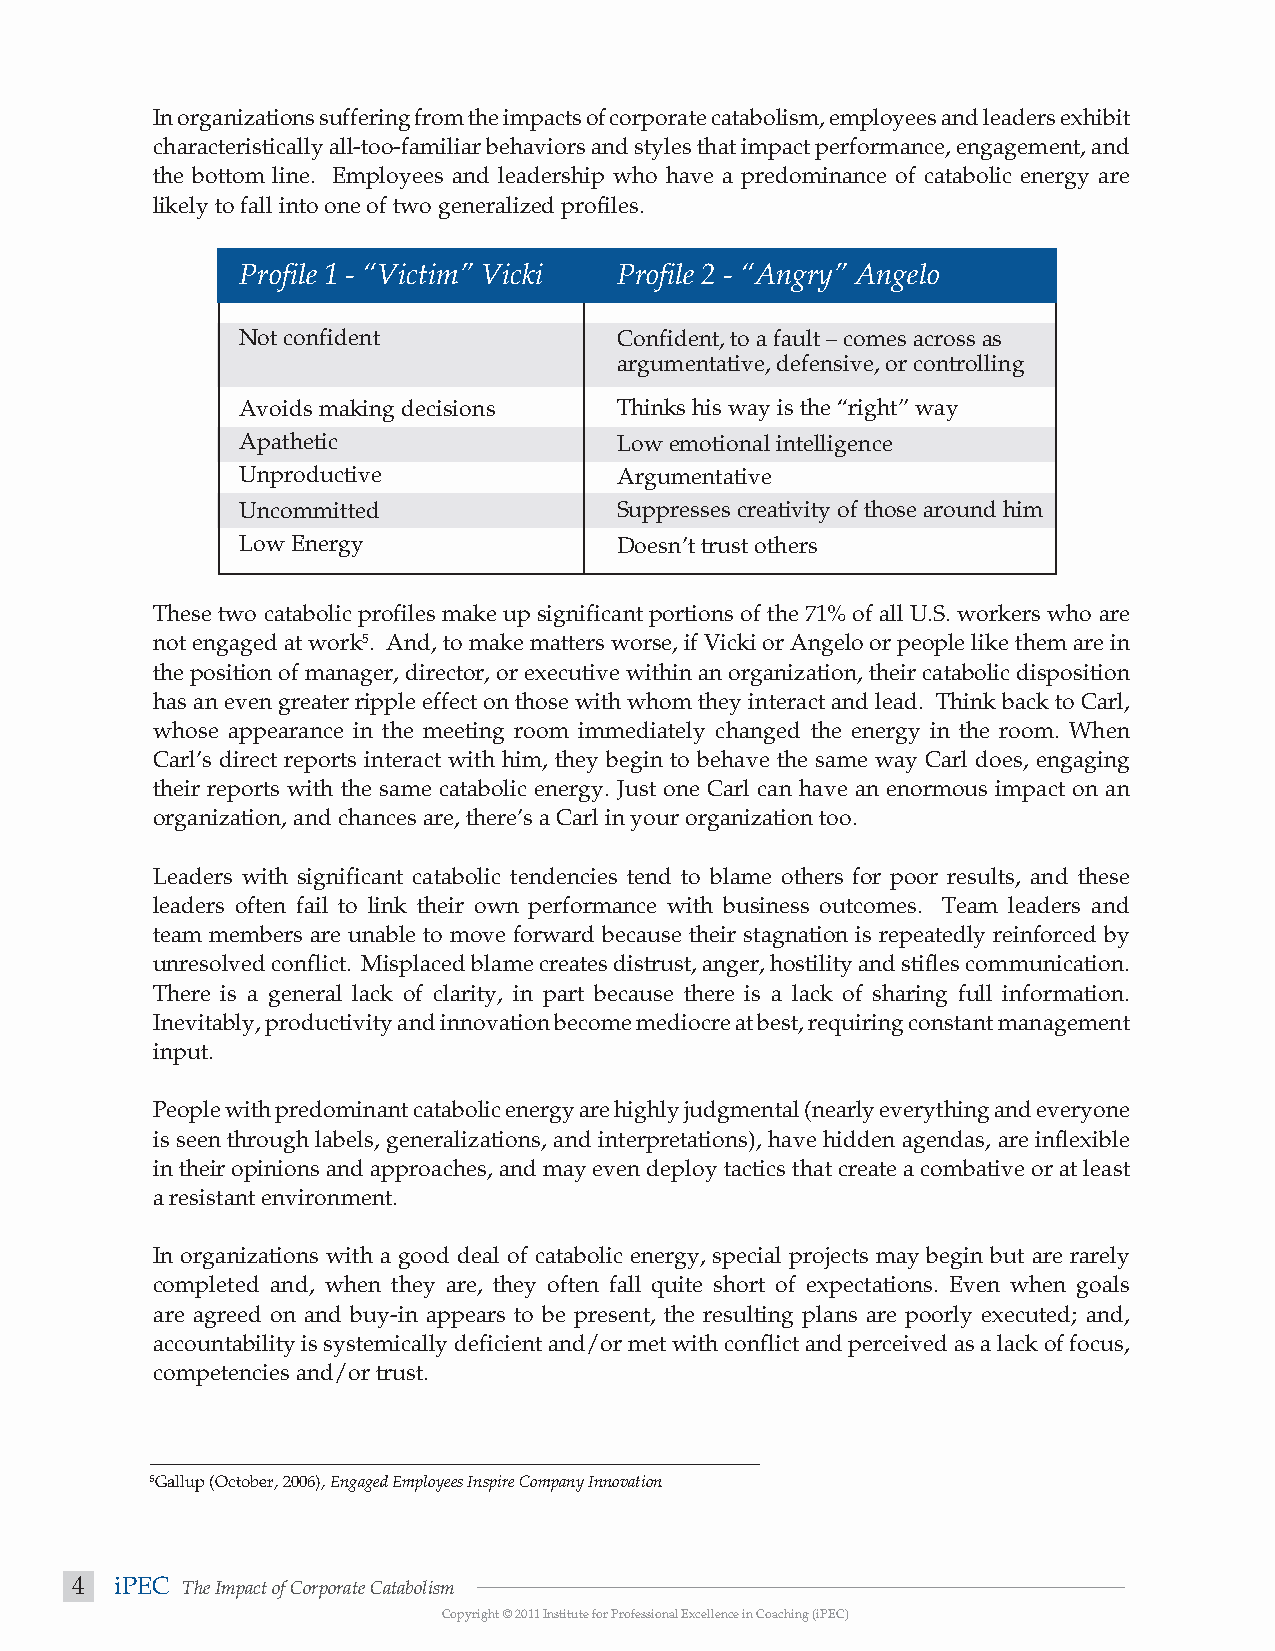
In organizations suffering from the impacts of corporate catabolism, employees and leaders exhibit
 characteristically all-too-familiar behaviors and styles that impact performance, engagement, and
 the bottom line. Employees and leadership who have a predominance of catabolic energy are
 likely to fall into one of two generalized profiles.
 Profile 1 - “Victim” Vicki Profile 2 - “Angry” Angelo
 Not confident            Confident, to a fault – comes across as
 argumentative, defensive, or controlling
 Avoids making decisions  Thinks his way is the “right” way
 Apathetic                Low emotional intelligence
 Unproductive             Argumentative
 Uncommitted              Suppresses creativity of those around him
 Low Energy               Doesn’t trust others
 These two catabolic profiles make up significant portions of the 71% of all U.S. workers who are
 not engaged at work5. And, to make matters worse, if Vicki or Angelo or people like them are in
 the position of manager, director, or executive within an organization, their catabolic disposition
 has an even greater ripple effect on those with whom they interact and lead. Think back to Carl,
 whose appearance in the meeting room immediately changed the energy in the room. When
 Carl’s direct reports interact with him, they begin to behave the same way Carl does, engaging
 their reports with the same catabolic energy. Just one Carl can have an enormous impact on an
 organization, and chances are, there’s a Carl in your organization too.
 Leaders with significant catabolic tendencies tend to blame others for poor results, and these
 leaders often fail to link their own performance with business outcomes. Team leaders and
 team members are unable to move forward because their stagnation is repeatedly reinforced by
 unresolved conflict. Misplaced blame creates distrust, anger, hostility and stifles communication.
 There is a general lack of clarity, in part because there is a lack of sharing full information.
 Inevitably, productivity and innovation become mediocre at best, requiring constant management
 input.
 People with predominant catabolic energy are highly judgmental (nearly everything and everyone
 is seen through labels, generalizations, and interpretations), have hidden agendas, are inflexible
 in their opinions and approaches, and may even deploy tactics that create a combative or at least
 a resistant environment.
 In organizations with a good deal of catabolic energy, special projects may begin but are rarely
 completed and, when they are, they often fall quite short of expectations. Even when goals
 are agreed on and buy-in appears to be present, the resulting plans are poorly executed; and,
 accountability is systemically deficient and/or met with conflict and perceived as a lack of focus,
 competencies and/or trust.
 5Gallup (October, 2006), Engaged Employees Inspire Company Innovation
 4  iPEC The Impact of Corporate Catabolism
 Copyright © 2011 Institute for Professional Excellence in Coaching (iPEC)